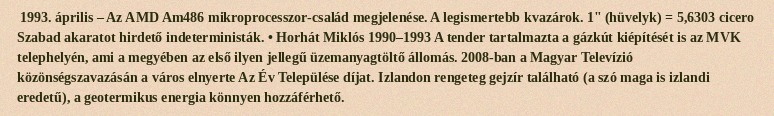
1993. április – Az AMD Am486 mikroprocesszor-család megjelenése. A legismertebb kvazárok. 1" (hüvelyk) = 5,6303 cicero Szabad akaratot hirdető indeterministák. • Horhát Miklós 1990–1993 A tender tartalmazta a gázkút kiépítését is az MVK telephelyén, ami a megyében az első ilyen jellegű üzemanyagtöltő állomás. 2008-ban a Magyar Televízió közönségszavazásán a város elnyerte Az Év Települése díjat. Izlandon rengeteg gejzír található (a szó maga is izlandi eredetű), a geotermikus energia könnyen hozzáférhető.